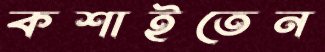
কশাইতেন